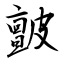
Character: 皽